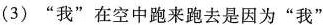
(3)”我”在空中跑来跑去是因为”我”